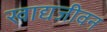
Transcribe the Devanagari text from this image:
खाद्यजीवन